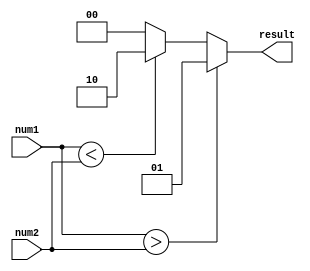
module unsigned_comparator(
    input [7:0] num1,
    input [7:0] num2,
    output reg [1:0] result
);

always @* begin
    if (num1 > num2) begin
        result = 2'b01; // num1 is greater than num2
    end else if (num1 < num2) begin
        result = 2'b10; // num1 is less than num2
    end else begin
        result = 2'b00; // num1 is equal to num2
    end
end

endmodule